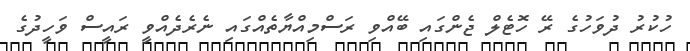
ހުކުރު ދުވަހުގެ ރޭ ހޮޓެލް ޖެންގައި ބޭއްވި ރަސްމިއްޔާތެއްގައި ނެރެދެއްވީ ރައީސް ވަހީދުގެ